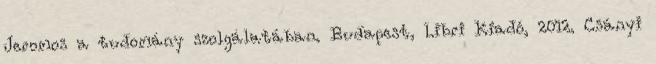
Jeromos a tudomány szolgálatában. Budapest, Libri Kiadó, 2012. Csányi